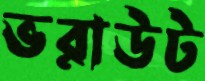
ভরাউট